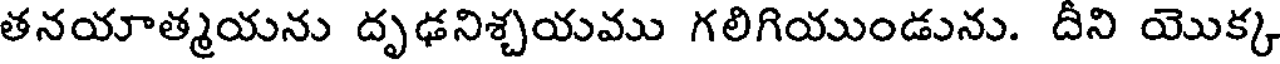
తనయాత్మయను దృఢనిశ్చయము గలిగియుండును. దీని యొక్క